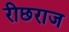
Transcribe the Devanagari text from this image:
रीछराज